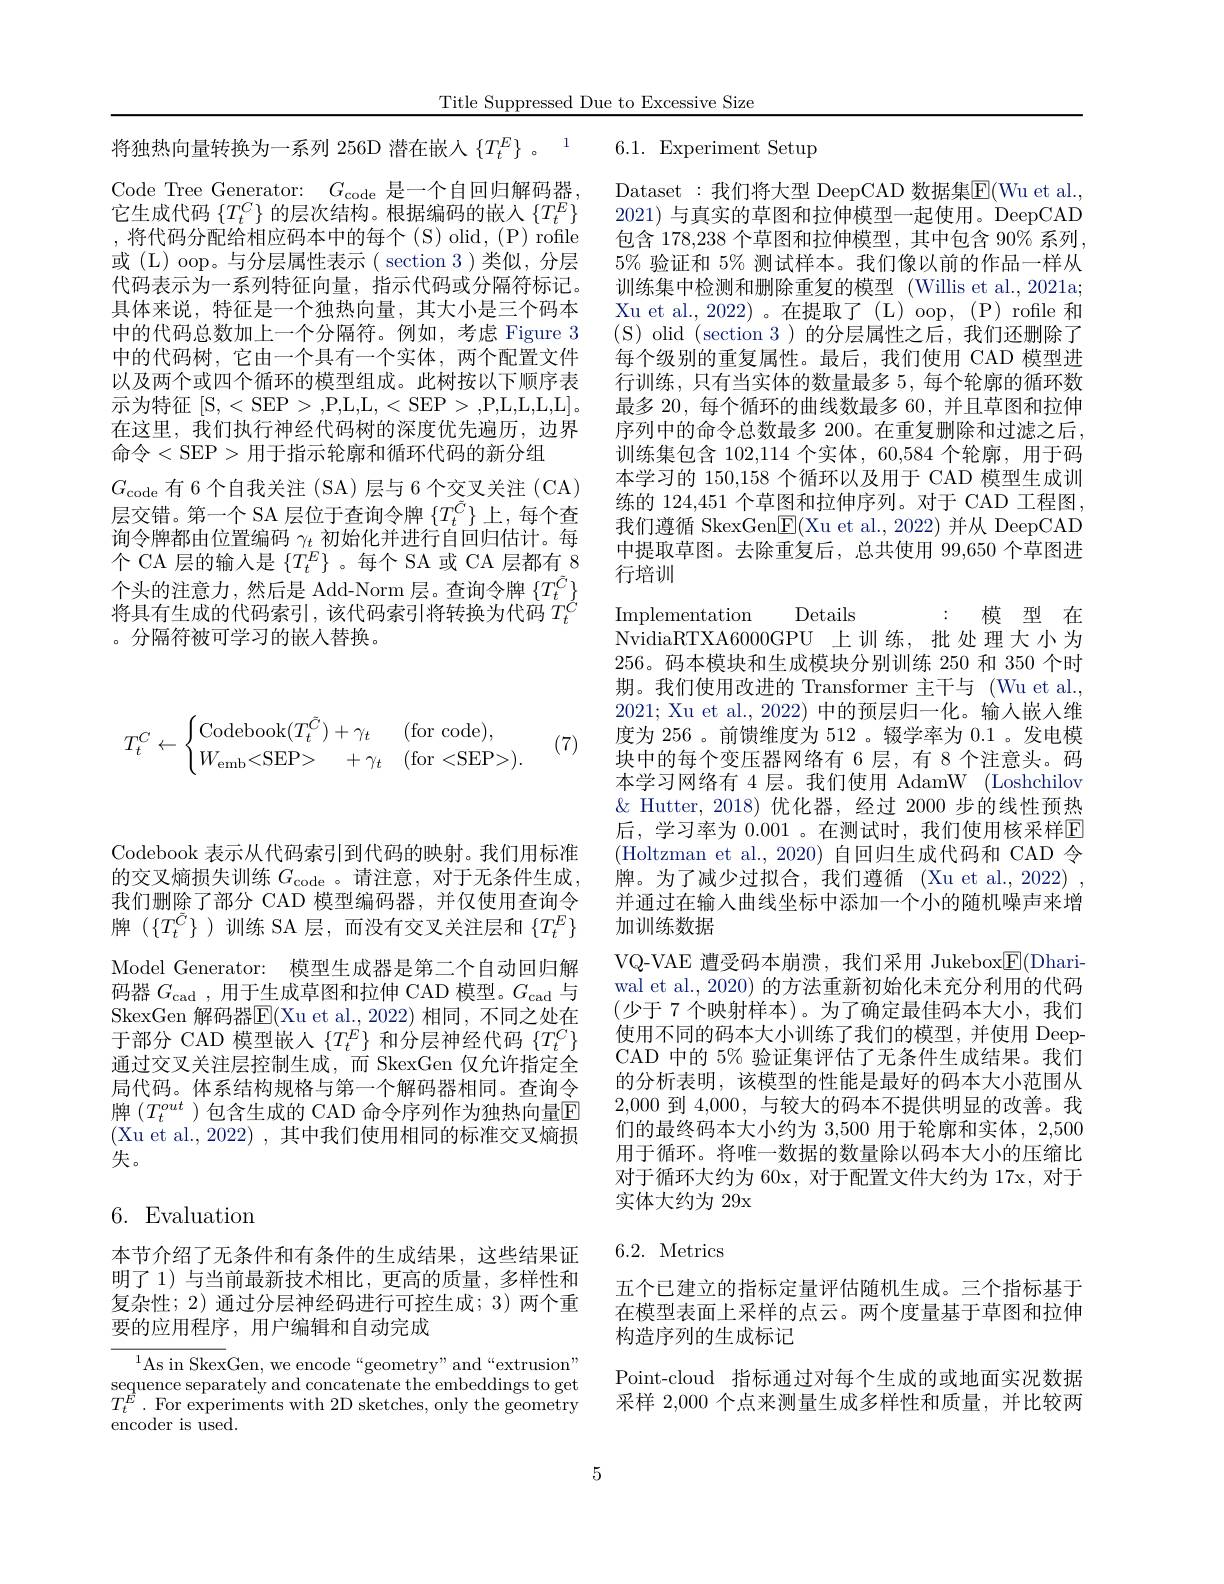
$$T_t^C\leftarrow\begin{cases}\text{Codebook}(T_t^{\tilde C})+\gamma_t&\text{(for code),}\\W_\text{emb}<\text{SEP>}&+\gamma_t&\text{(for<SEP>).}\end{cases}$$
(7)

Title Suppressed Due to Excessive Size

将独热向量转换为一系列 256D 潜在嵌人$\{T_t^E\}$ 。$^{1}$ 6.1. Experiment Setup

Code Tree Generator: $G_\mathrm{code}$是一个自回归解码器， 它生成代码$\{T_t^C\}$的层次结构。根据编码的嵌人$\{T_t^E\}$ ,将代码分配给相应码本中的每个(S)olid,(P)rofile 或 (L) oop。与分层属性表示( section 3 )类似，分层代码表示为一系列特征向量，指示代码或分隔符标记。具体来说，特征是一个独热向量，其大小是三个码本中的代码总数加上一个分隔符。例如，考虑 Figure 3中的代码树，它由一个具有一个实体，两个配置文件以及两个或四个循环的模型组成。此树按以下顺序表示为特征 [S,<SEP>,P,L,L,<SEP>,P,L,L,L,L]。在这里，我们执行神经代码树的深度优先遍历，边界命令<SEP>用于指示轮廓和循环代码的新分组
$G_{\mathrm{code}}$有6个自我关注 (SA)层与 6 个交叉关注 (CA) 层交错。第一个 SA 层位于查询令牌$\{T_t^{\tilde{C}}\}$上，每个查询令牌都由位置编码$\gamma_t$初始化并进行自回归估计。每个 CA 层的输入是$\{T_t^E\}$ 。每个 SA 或 CA 层都有 8个头的注意力，然后是 Add-Norm 层。查询令牌$\{T_t^{\tilde{C}}\}$ 将具有生成的代码索引，该代码索引将转换为代码$T_t^C$ 。分隔符被可学习的嵌入替换。

: 模型在
Implementation Details
NvidiaRTXA6000GPU 上训练，批处理大小为256。码本模块和生成模块分别训练 250 和 350 个时期。我们使用改进的 Transformer 主干与 (Wu et al. 2021; Xu et al., 2022) 中的预层归一化。输入嵌人维度为 256 。前馈维度为 512 。辍学率为0.1 。发电模块中的每个变压器网络有 6 层，有 8 个注意头。码本学习网络有 4 层。我们使用 AdamW (Loshchilov $\&$ Hutter,2018)优化器，经过 2000 步的线性预热后，学习率为 0.001 。在测试时，我们使用核采样$\mathbb{E}$ (Holtzman et al., 2020)自回归生成代码和 CAD 令牌。为了减少过拟合，我们遵循 (Xu et al.,2022) , 并通过在输入曲线坐标中添加一个小的随机噪声来增加训练数据
VQ-VAE 遭受码本崩溃，我们采用 Jukebox$\underline{\mathrm{E}}($Dhariwal et al., 2020) 的方法重新初始化未充分利用的代码(少于 7 个映射样本)。为了确定最佳码本大小，我们使用不同的码本大小训练了我们的模型，并使用 DeepCAD 中的 5% 验证集评估了无条件生成结果。我们的分析表明，该模型的性能是最好的码本大小范围从2,000到4，000,与较大的码本不提供明显的改善。我们的最终码本大小约为 3,500 用于轮廓和实体，2,500用于循环。将唯一数据的数量除以码本大小的压缩比对于循环大约为 60x, 对于配置文件大约为 17x, 对于实体大约为 29x
6.2. Metrics

Dataset:我们将大型 DeepCAD 数据集$\overline{\mathrm{E}}($Wu et al. 2021)与真实的草图和拉伸模型一起使用。DeepCAD 包含 178,238 个草图和拉伸模型，其中包含 90% 系列， $5\%$验证和 5% 测试样本。我们像以前的作品一样从训练集中检测和删除重复的模型 (Willis et al.,2021a; Xu et al., 2022) 。在提取了 (L) oop, (P) rofile 和(S)olid(section 3)的分层属性之后，我们还删除了每个级别的重复属性。最后，我们使用 CAD 模型进行训练，只有当实体的数量最多 5, 每个轮廓的循环数最多 20, 每个循环的曲线数最多 60, 并且草图和拉伸序列中的命令总数最多 200。在重复删除和过滤之后， 训练集包含 102,114 个实体，60,584 个轮廓，用于码本学习的 150,158 个循环以及用于 CAD 模型生成训练的 124,451 个草图和拉伸序列。对于 CAD 工程图， 我们遵循 SkexGen$\boxed{\mathbb{F}}($Xu et al.,2022) 并从 DeepCAD 中提取草图。去除重复后，总共使用 99,650 个草图进行培训

五个已建立的指标定量评估随机生成。三个指标基于在模型表面上采样的点云。两个度量基于草图和拉伸构造序列的生成标记
Point-cloud 指标通过对每个生成的或地面实况数据采样 2,000 个点来测量生成多样性和质量，并比较两

Codebook 表示从代码索引到代码的映射。我们用标准的交叉熵损失训练 $G_\mathrm{code}$ 。请注意，对于无条件生成， 我们删除了部分 CAD 模型编码器，并仅使用查询令牌($\{T_t^{\bar{C}}\})训练 SA 层，而没有交叉关注层和 \{T_t^E\}$ Model Generator: 模型生成器是第二个自动回归解码器$G_\mathrm{cad}$,用于生成草图和拉伸 CAD 模型。$G_\mathrm{cad}$与SkexGen 解码器$\overline{\mathrm{E}}($Xu et al., 2022) 相同，不同之处在于部分 CAD 模型嵌人$\{T_t^E\}$和分层神经代码$\{T_t^C\}$ 通过交叉关注层控制生成，而 SkexGen 仅允许指定全局代码。体系结构规格与第一个解码器相同。查询令牌 $(T_t^{out}$ )包含生成的 CAD 命令序列作为独热向量$\mathbb{E}$ (Xu et al.,2022),其中我们使用相同的标准交叉熵损失。

# 6. Evaluation

本节介绍了无条件和有条件的生成结果，这些结果证明了 1) 与当前最新技术相比，更高的质量，多样性和复杂性；2) 通过分层神经码进行可控生成；3) 两个重要的应用程序，用户编辑和自动完成

$^{1}$As in SkexGen, we encode“geometry”and“extrusion” $\begin{array}{c}\mathrm{sequence~separately~and~concatenate~the~embeddings~to~get}\\\mathrm{sequence~separately~and~concatenate~the~embeddings~to~get}\end{array}$ $T_{t}^{E}$ .For experiments with 2D sketches, only the geometry encoder is used.

5